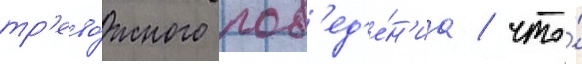
тр'ево́жного пов'ед'е́н'иа / что́